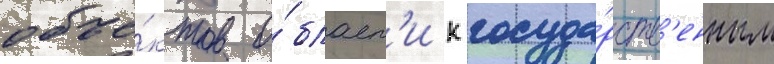
объе́ктов о́бласт'и к госуда́рств'енным